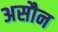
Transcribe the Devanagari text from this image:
असौन